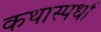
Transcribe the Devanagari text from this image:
कथास्पर्धा